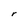
Character: r